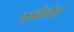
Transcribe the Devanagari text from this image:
कार्बाॅनेल